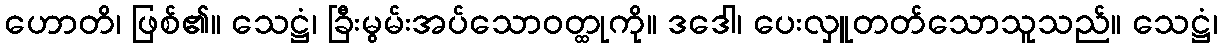
ဟောတိ၊ ဖြစ်၏။ သေဋ္ဌံ၊ ခြီးမွမ်းအပ်သောဝတ္ထုကို။ ဒဒေါ၊ ပေးလှူတတ်သောသူသည်။ သေဋ္ဌံ၊